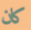
كان